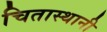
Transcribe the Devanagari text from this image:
चितास्थानी